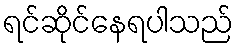
ရင်ဆိုင်နေရပါသည်